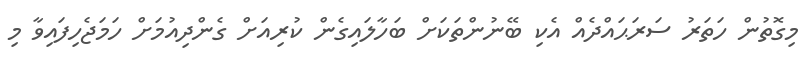
މިގޮތުން ހަތަރު ސަރަޙައްދެއް އެކި ބޭނުންތަކަށް ބަހާލައިގެން ކުރިއަށް ގެންދިއުމަށް ހަމަޖެހިފައިވާ މި